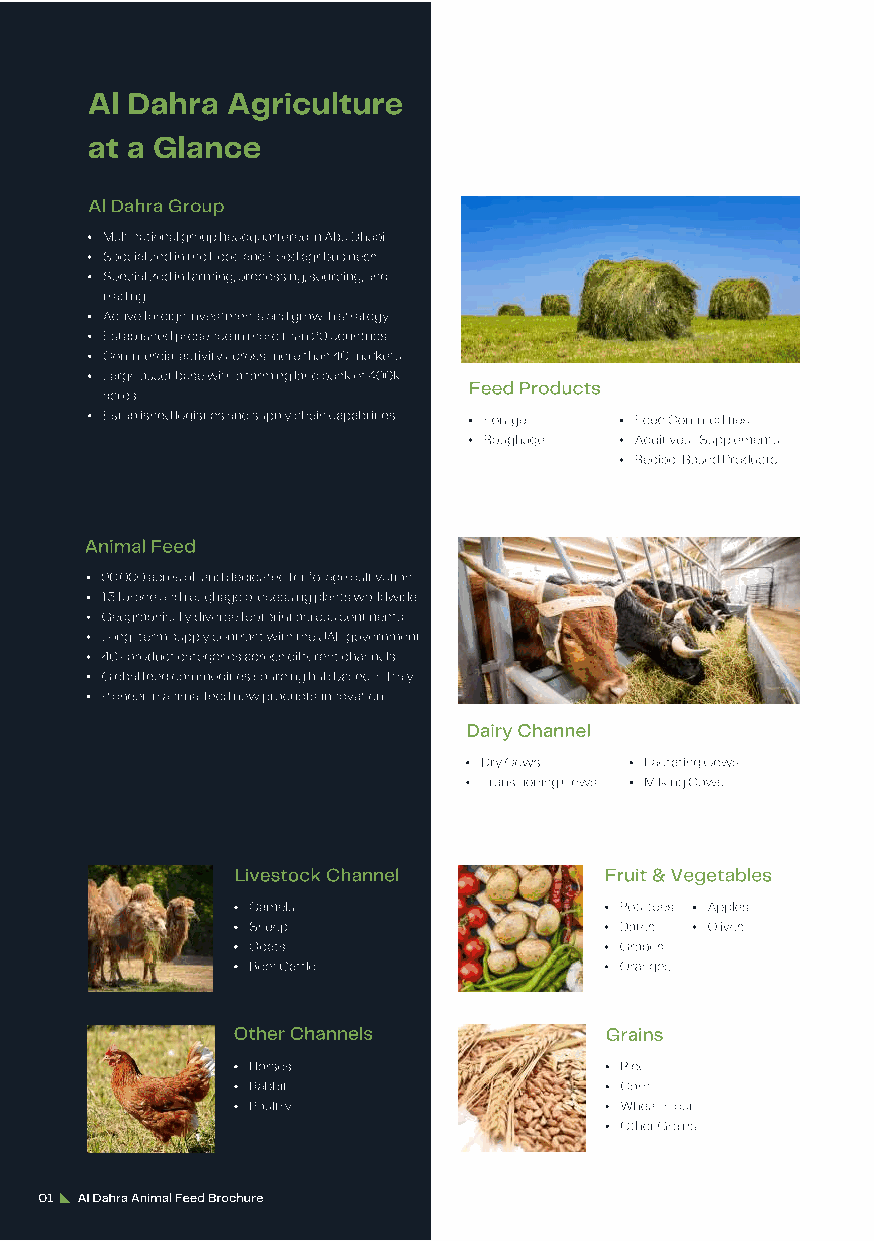
Al Dahra Agriculture
 at a Glance
 Al Dahra Group
 Multinational group headquartered in Abu Dhabi
 Specialized in the Food and Feed agribusiness
 Specialized in farming, processing, sourcing, and
 trading
 Active foreign investments and growth strategy
 Established presence in more than 20 countries
 Commercial activity across more than 40 markets
 Large asset base with a farming land bank of 400k
 Feed Products
 acres
 Established logistics and supply chain capabilities Forage Feed Commodities
 Roughage  Additives / Supplements
 Recipe-Based Products
 Animal Feed
 90,000 acres of land dedicated for forage cultivation
 13 forage and roughage processing plants worldwide
 Geographically diverse footprint across continents
 Long-term supply contract with the UAE government
 40+ product categories across different channels
 Global feed commodities sourcing hub based in Italy
 Pioneer in animal feed new products' innovation
 Dairy Channel
 Dry Cows   Lactating Cows
 Transitioning Cows Milking Cows
 Livestock Channel       Fruit & Vegetables
 Camels                   Potatoes Apples
 Sheep                    Dates Olives
 Goats                    Grapes
 Beef Cattle              Oranges
 Other Channels           Grains
 Horses                   Rice
 Rabbit                   Corn
 Poultry                  Wheat/Flour
 Other Grains
 01 Al Dahra Animal Feed Brochure